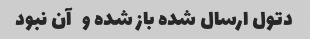
دتول ارسال شده باز شده و   آن نبود